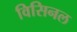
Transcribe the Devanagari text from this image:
विसिनल